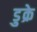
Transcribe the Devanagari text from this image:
डुक्रे